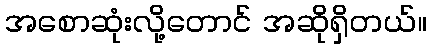
အစောဆုံးလို့တောင် အဆိုရှိတယ်။